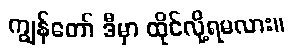
ကျွန်တော် ဒီမှာ ထိုင်လို့ရမလား။